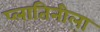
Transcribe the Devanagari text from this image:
प्लातिनीला